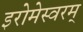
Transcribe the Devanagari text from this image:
इरोमेस्वरम्